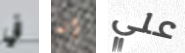
في إنه علي